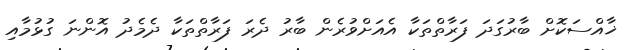
ޚާއްސަކޮށް ބާރުގަދަ ފަރާތްތަކާ އެއަށްވުރެން ބާރު ދެރަ ފަރާތްތަކާ ދެމެދު އޮންނަ ގުޅުމާއި